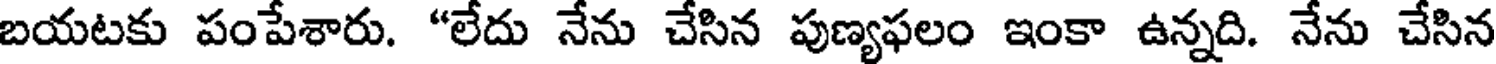
బయటకు పంపేశారు. "లేదు నేను చేసిన పుణ్యఫలం ఇంకా ఉన్నది. నేను చేసిన